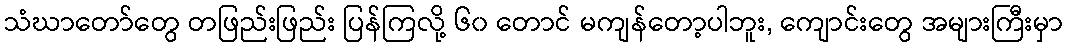
သံဃာတော်တွေ တဖြည်းဖြည်း ပြန်ကြလို့ ၆၀ တောင် မကျန်တော့ပါဘူး, ကျောင်းတွေ အများကြီးမှာ